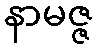
နာမဇ္ဇ